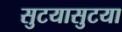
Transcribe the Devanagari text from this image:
सुटयासुटया